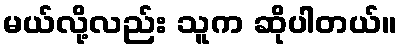
မယ်လို့လည်း သူက ဆိုပါတယ်။